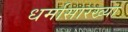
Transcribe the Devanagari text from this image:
धर्मासारख्या